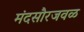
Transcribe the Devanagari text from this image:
मंदसौरजवळ